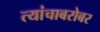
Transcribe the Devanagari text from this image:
त्यांचाबरोबर